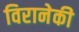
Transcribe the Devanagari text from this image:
विरानेकी